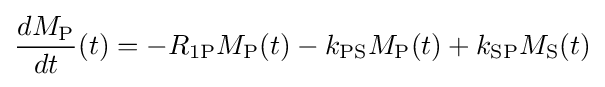
{\frac {dM_{\mathrm {P} }}{dt}}(t)=-R_{1{\ce {P}}}M_{\mathrm {P} }(t)-k_{\mathrm {PS} }M_{\mathrm {P} }(t)+k_{\mathrm {SP} }M_{\mathrm {S} }(t)